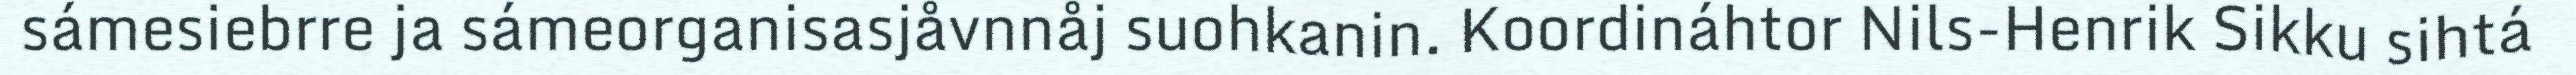
sámesiebrre ja sámeorganisasjåvnnåj suohkanin. Koordináhtor Nils-Henrik Sikku sihtá